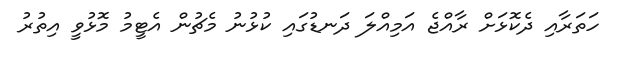
ހަތަރާއި ދެކޮޅަށް ރާއްޖެ އަމިއްލަ ދަނޑުގައި ކުޅުނު މެޗުން އެޓީމު މޮޅުވީ އިތުރު